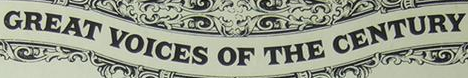
GREAT VOICES OF THE CENTURY